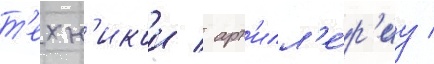
т'ехн'икои / арт'илл'е́р'иу /